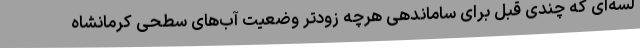
لسه‌ای که چندی قبل برای ساماندهی هرچه زودتر وضعیت آب‌های سطحی کرمانشاه